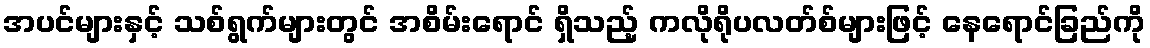
အပင်များနှင့် သစ်ရွက်များတွင် အစိမ်းရောင် ရှိသည့် ကလိုရိုပလတ်စ်များဖြင့် နေရောင်ခြည်ကို